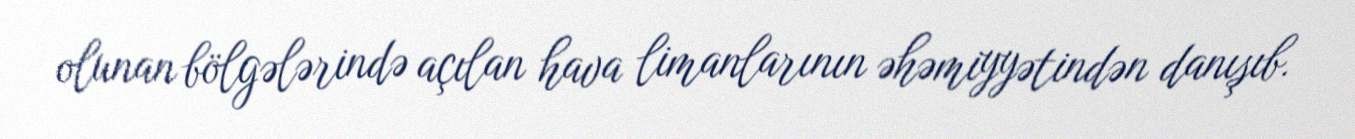
olunan bölgələrində açılan hava limanlarının əhəmiyyətindən danışıb.